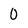
Character: 0